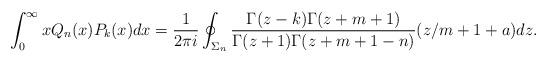
LaTeX: \begin{align*}\int_0^\infty x Q_n(x) P_k(x)dx = \frac{1}{2\pi i} \oint_{\Sigma_n} \frac{ \Gamma(z-k) \Gamma(z+m + 1)}{\Gamma( z + 1) \Gamma( z + m +1-n)} (z/m+1+a) dz . \end{align*}